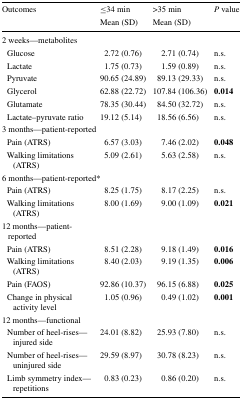
| <ROWSPAN=2> Outcomes | ≤34 min | >35 min | <ROWSPAN=2> P value |
 | Mean (SD) | Mean (SD) |
 | --- | --- | --- | --- |
 | <COLSPAN=4> 2 weeks—metabolites |
 | Glucose | 2.72 (0.76) | 2.71 (0.74) | n.s. |
 | Lactate | 1.75 (0.73) | 1.59 (0.89) | n.s. |
 | Pyruvate | 90.65 (24.89) | 89.13 (29.33) | n.s. |
 | Glycerol | 62.88 (22.72) | 107.84 (106.36) | 0.014 |
 | Glutamate | 78.35 (30.44) | 84.50 (32.72) | n.s. |
 | Lactate–pyruvate ratio | 19.12 (5.14) | 18.56 (6.56) | n.s. |
 | <COLSPAN=4> 3 months—patient-reported |
 | Pain (ATRS) | 6.57 (3.03) | 7.46 (2.02) | 0.048 |
 | Walking limitations (ATRS) | 5.09 (2.61) | 5.63 (2.58) | n.s. |
 | <COLSPAN=4> 6 months—patient-reported* |
 | Pain (ATRS) | 8.25 (1.75) | 8.17 (2.25) | n.s. |
 | Walking limitations (ATRS) | 8.00 (1.69) | 9.00 (1.09) | 0.021 |
 | 12 months—patient-reported |  |  |  |
 | Pain (ATRS) | 8.51 (2.28) | 9.18 (1.49) | 0.016 |
 | Walking limitations (ATRS) | 8.40 (2.03) | 9.19 (1.35) | 0.006 |
 | Pain (FAOS) | 92.86 (10.37) | 96.15 (6.88) | 0.025 |
 | Change in physical activity level | 1.05 (0.96) | 0.49 (1.02) | 0.001 |
 | <COLSPAN=4> 12 months—functional |
 | Number of heel-rises—injured side | 24.01 (8.82) | 25.93 (7.80) | n.s. |
 | Number of heel-rises—uninjured side | 29.59 (8.97) | 30.78 (8.23) | n.s. |
 | Limb symmetry index—repetitions | 0.83 (0.23) | 0.86 (0.20) | n.s. |